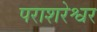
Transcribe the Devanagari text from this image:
पराशरेश्वर